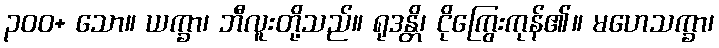
၃၀၀+ သော။ ယက္ခာ၊ ဘီလူးတို့သည်။ ရုဒန္တိ၊ ငိုကြွေးကုန်၏။ မဟေသက္ခာ၊